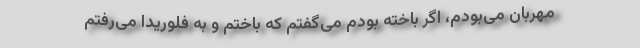
مهربان می‌بودم، اگر باخته بودم می‌گفتم که باختم و به فلوریدا می‌رفتم